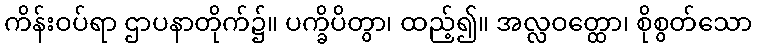
ကိန်းဝပ်ရာ ဌာပနာတိုက်၌။ ပက္ခိပိတွာ၊ ထည့်၍။ အလ္လဝတ္ထော၊ စိုစွတ်သော